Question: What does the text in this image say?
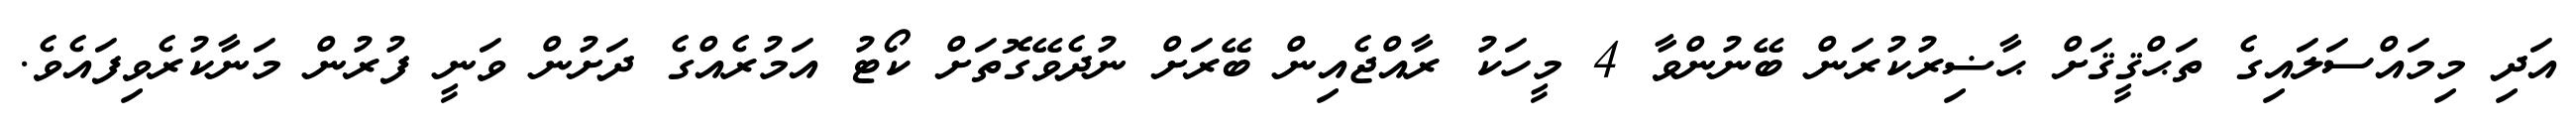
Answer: އަދި މިމައްސަލައިގެ ތަޙްޤީޤަށް ޙާޟިރުކުރަން ބޭނުންވާ 4 މީހަކު ރާއްޖެއިން ބޭރަށް ނުދެވޭގޮތަށް ކޯޓު އަމުރެއްގެ ދަށުން ވަނީ ފުރުން މަނާކުރެވިފައެވެ.